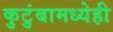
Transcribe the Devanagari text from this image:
कुटुंबामध्येही